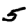
Digit: 5